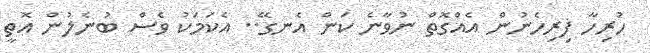
ހުރިހާ ފިރިހެނުން އެއްގޮތް ނުވާނެ ކަން އެނގޭ.. އެކަމަކު ވެސް ބުނެލުން އޮތީ